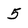
Character: 5